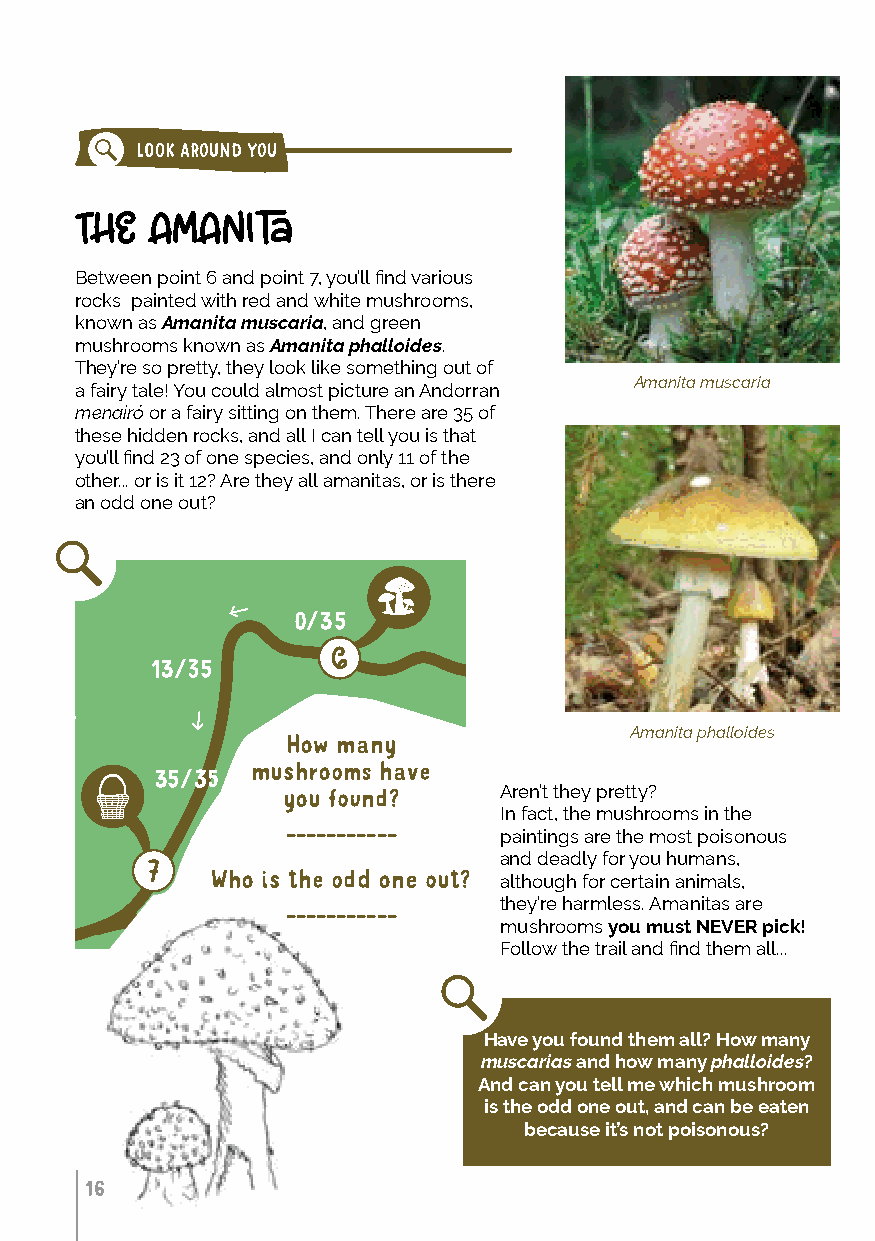
LOOK AROUND YOU
 THE  AMANITA
 Between point 6 and point 7, you’ll find various
 rocks painted with red and white mushrooms,
 known as Amanita muscaria, and green
 mushrooms known as Amanita phalloides.
 They’re so pretty, they look like something out of
 Amanita muscaria
 a fairy tale! You could almost picture an Andorran
 menairó or a fairy sitting on them. There are 35 of
 these hidden rocks, and all I can tell you is that
 you’ll find 23 of one species, and only 11 of the
 other... or is it 12? Are they all amanitas, or is there
 an odd one out?
 0/35
 13/35
 < CANILLO
 Amanita phalloides
 How many
 mushrooms have
 35/35
 Aren’t they pretty?
 you found?
 In fact, the mushrooms in the
 ___________
 paintings are the most poisonous
 and deadly for you humans,
 Who is the odd one out? although for certain animals,
 ___________   they’re harmless. Amanitas are
 mushrooms you must NEVER pick!
 Follow the trail and find them all...
 TAMARRO
 CS - 240
 BERENADOR                       Have you found them all? How many
 ORDINO  >             muscarias and how many phalloides?
 And can you tell me which mushroom
 is the odd one out, and can be eaten
 because it’s not poisonous?
 16